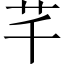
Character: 芊